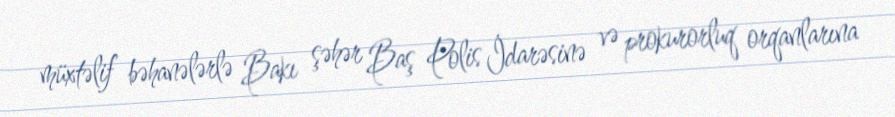
müxtəlif bəhanələrlə Bakı şəhər Baş Polis İdarəsinə və prokurorluq orqanlarına